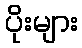
ပိုးများ